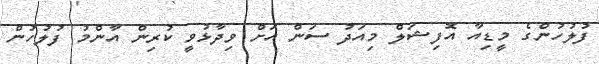
ފުލުހުންގެ މީޑިއާ އޮފިޝަލް މިއަދު ސަން އަށް ވިދާޅުވީ ކުރިން އާންމު ފުލުހުން